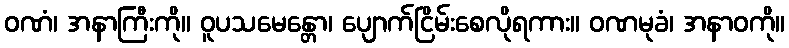
ဝဏံ၊ အနာကြီးကို။ ဝူပသမေန္တော၊ ပျောက်ငြိမ်းစေလိုရကား။ ဝဏမုခံ၊ အနာဝကို။